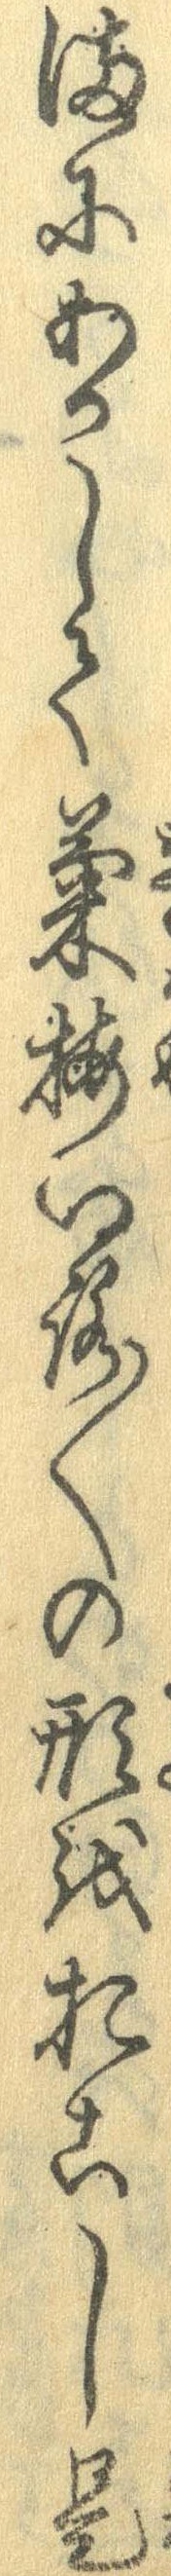
まにあかして菊梅いろ〱の形をおこし是